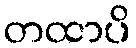
တထာပိ